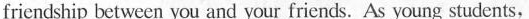
friendship between you and your friends. As young students,